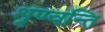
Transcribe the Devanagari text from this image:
शृण्वन्ति